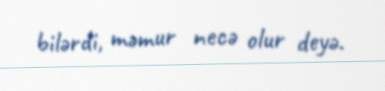
bilərdi, məmur necə olur deyə.